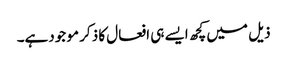
ذیل میں کچھ ایسے ہی افعال کا ذکر مو جودہے۔